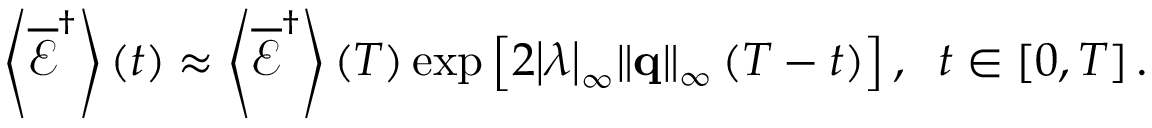
\left\langle { { { \overline { { \mathcal E } } } ^ { \dag } } } \right\rangle \left( t \right) \approx \left\langle { { { \overline { { \mathcal E } } } ^ { \dag } } } \right\rangle \left( T \right) \exp \left[ { 2 { { \left| \lambda \right| } _ { \infty } } { { \left\| { \bf { q } } \right\| } _ { \infty } } \left( { T - t } \right) } \right] , \; \; t \in \left[ { 0 , T } \right] .